Indian journal of veterinary science and animal husbandry - Volume 2,
Year: 1932
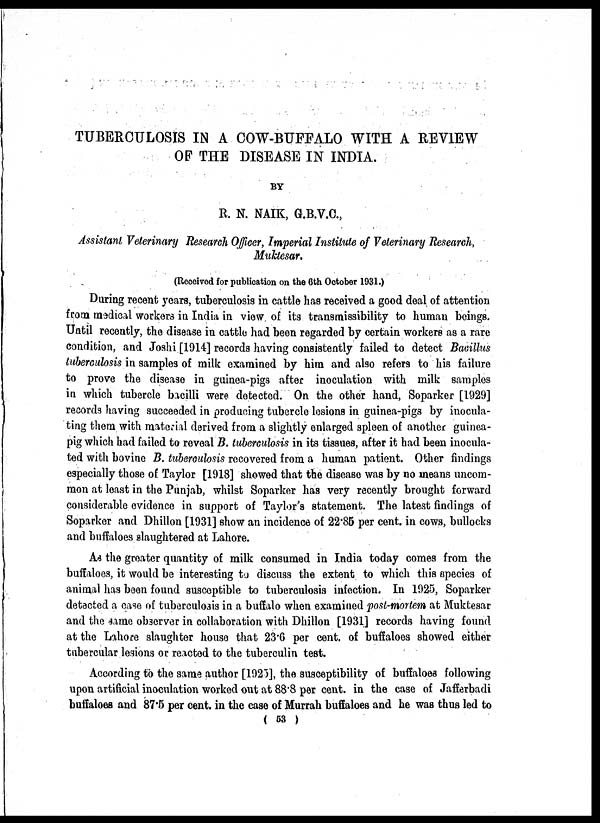
TUBERCULOSIS IN A COW-BUFFALO WITH A REVIEW
OF THE DISEASE IN INDIA.
BY
R. N. NAIK, G.B.V.C.,
Assistant Veterinary Research Officer, Imperial Institute of Veterinary Research,
Muktesar.
(Received for publication on the 6th October 1931.)
During recent years, tuberculosis in cattle has received a good deal of attention
from medical workers in India in view of its transmissibility to human beings.
Until recently, the disease in cattle had been regarded by certain workers as a rare
condition, and Joshi [1914] records having consistently failed to detect Bacillus
tuberculosis in samples of milk examined by him and also refers to his failure
to prove the disease in guinea-pigs after inoculation with milk samples
in which tubercle bacilli were detected. On the other hand, Soparker [1929]
records having succeeded in producing tubercle lesions in guinea-pigs by inocula-
ting them with material derived from a slightly enlarged spleen of another guinea-
pig which had failed to reveal B. tuberculosis in its tissues, after it had been inocula-
ted with bovine B. tuberculosis recovered from a human patient. Other findings
especially those of Taylor [1918] showed that the disease was by no means uncom-
mon at least in the Punjab, whilst Soparker has very recently brought forward
considerable evidence in support of Taylor's statement. The latest findings of
Soparker and Dhillon [1931] show an incidence of 22.85 per cent. in cows, bullocks
and buffaloes slaughtered at Lahore.
As the greater quantity of milk consumed in India today comes from the
buffaloes, it would be interesting to discuss the extent to which this species of
animal has been found susceptible to tuberculosis infection. In 1925, Soparker
detected a case of tuberculosis in a buffalo when examined post-mortem at Muktesar
and the same observer in collaboration with Dhillon [1931] records having found
at the Lahore slaughter house that 23.6 per cent. of buffaloes showed either
tubercular lesions or reacted to the tuberculin test.
According to the same author [1925], the susceptibility of buffaloes following
upon artificial inoculation worked out at 88.8 per cent. in the case of Jafferbadi
buffaloes and 87.5 per cent. in the case of Murrah buffaloes and he was thus led to
( 53 )